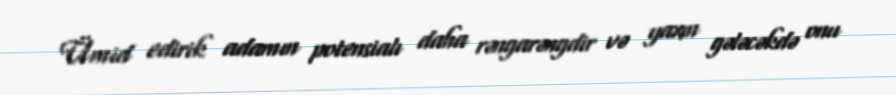
Ümid edirik adamın potensialı daha rəngarəngdir və yaxın gələcəkdə onu